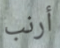
أرنب